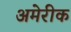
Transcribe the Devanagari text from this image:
अमेरीक